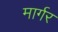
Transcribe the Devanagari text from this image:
मार्गर